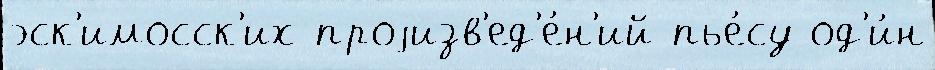
эск'имосск'их проjизв'ед'е́н'ий пье́су од'и́н